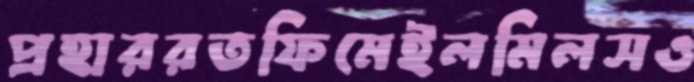
প্রহাররতফিমেইলমিলসও